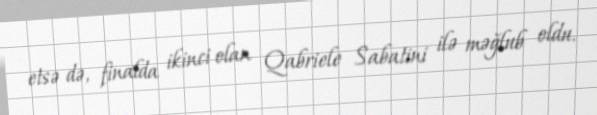
etsə də, finalda ikinci olan Qabriele Sabatini ilə məğlub oldu.